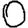
Digit: 0